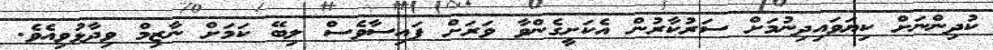
ކުދިންނަށް ކިޔަވައިދިނުމަށް ސަރުކާރުން އެކަށީގެންވާ ވަރަށް ފައިސާވެސް ލިބޭ ކަމަށް ނާޒިމް ވިދާޅުވިއެވެ.